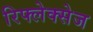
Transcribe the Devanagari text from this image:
रिफ्लेक्सेज